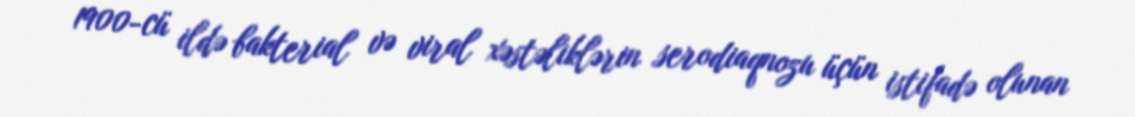
1900-cü ildə bakterial və viral xəstəliklərin serodiaqnozu üçün istifadə olunan